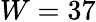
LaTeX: W=37